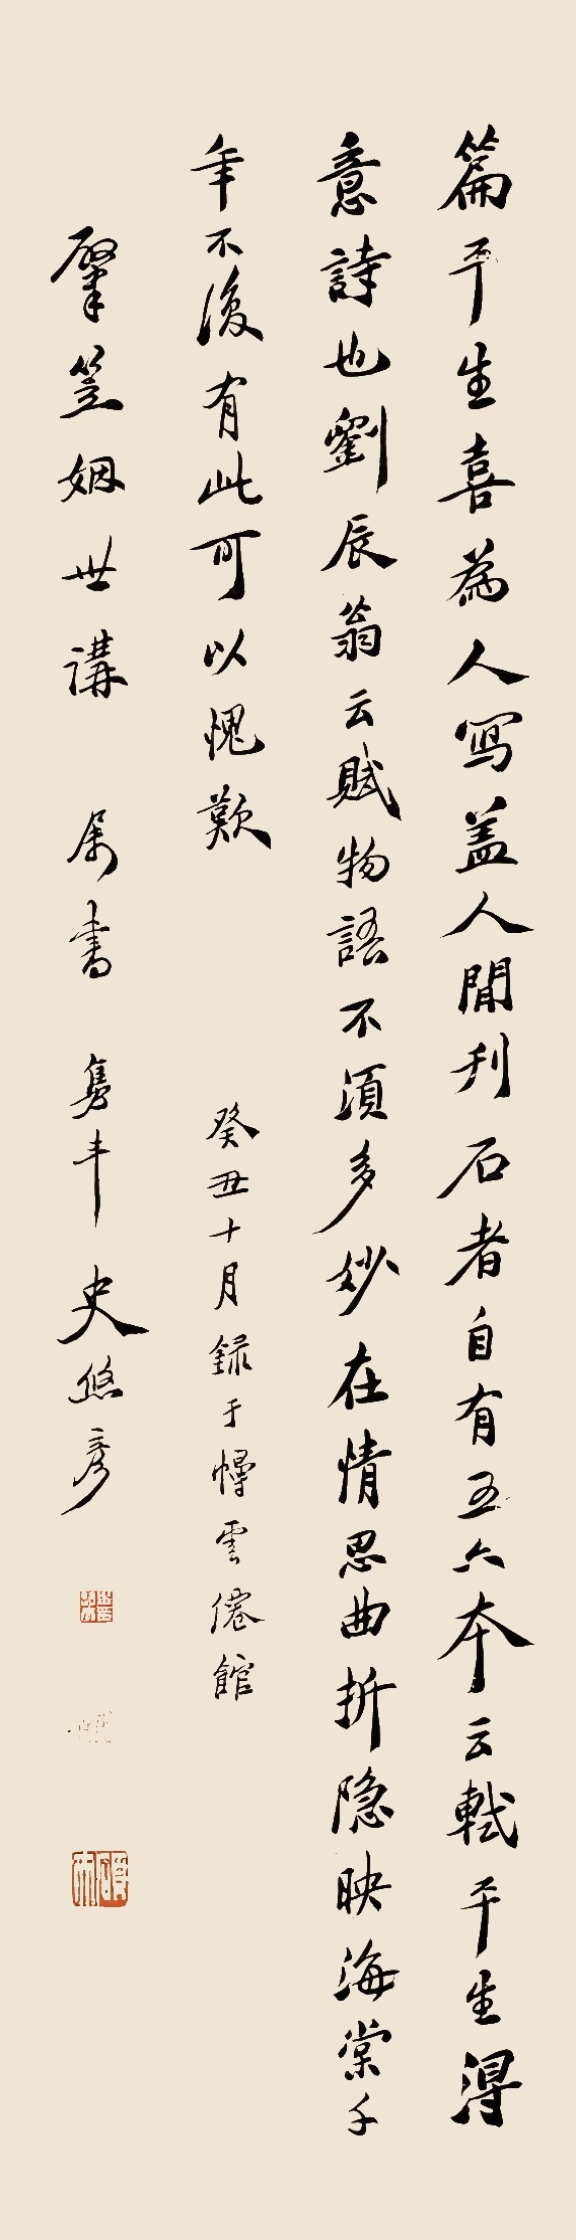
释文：江南地瘴蕃草木，只有名花苦幽独。嫣然一笑竹篱间，桃李满山总粗俗。也知造物有深意，故遣佳人在空谷……妙在情思曲折，隐映海棠，千年不复有次，可以愧叹。癸丑十月录于幔云仙馆，肇笠姻世讲属书，隽丰史悠彦。